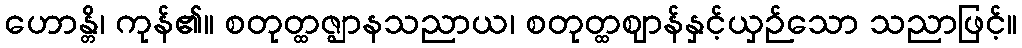
ဟောန္တိ၊ ကုန်၏။ စတုတ္ထဇ္ဈာနသညာယ၊ စတုတ္ထဈာန်နှင့်ယှဉ်သော သညာဖြင့်။